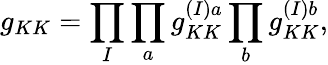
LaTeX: g_{KK}=\prod_{I}\prod_{a}g_{KK}^{(I)a}\prod_{b}g_{KK}^{(I)b},